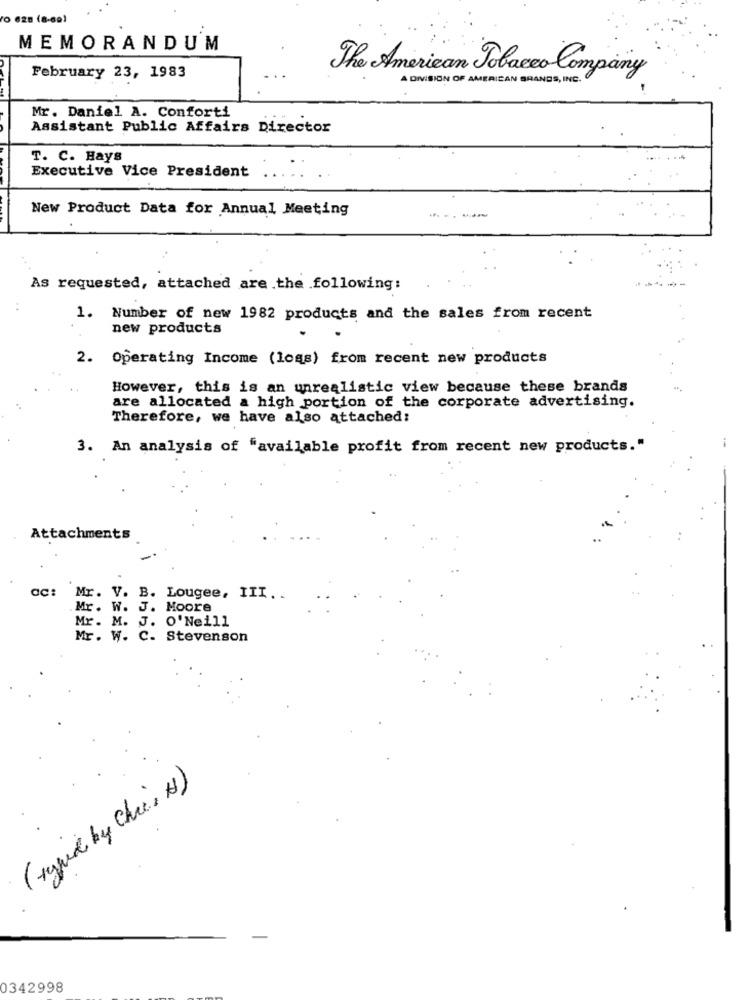
to eza (a-ce)
MEMORANDUM
February 23, 1983
The American Tobacco Company
A DIVISION OF AMERICAN BRANDS, INC.
Mr. Daniel A. Conforti
Assistant Public Affairs Director
T. C. Hays
Executive Vice President
New Product Data for Annual Meeting
As requested, attached are .the following:
1.
Number of new 1982 products and the sales from recent
new products
2. Operating Income (logs) from recent new products
However, this is an unrealistic view because these brands
are allocated a high portion of the corporate advertising.
Therefore, we have also attached:
3. An analysis of "available profit from recent new products."
-
Attachments
ac: Mr. V. B. Lougee, III ..
Mr. W. J. Moore
Mr. M. J. O' Neill
Mr. W. C. Stevenson
( ryged by Chris A)
0342998